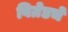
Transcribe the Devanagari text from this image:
बिग्रेडचे